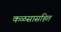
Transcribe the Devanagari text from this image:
कळसासहित